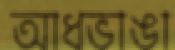
আধভাঙা